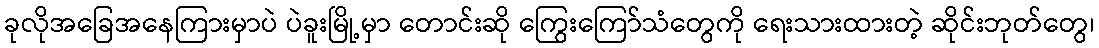
ခုလိုအခြေအနေကြားမှာပဲ ပဲခူးမြို့မှာ တောင်းဆို ကြွေးကြော်သံတွေကို ရေးသားထားတဲ့ ဆိုင်းဘုတ်တွေ၊